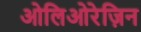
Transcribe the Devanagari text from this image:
ओलिओरेज़िन